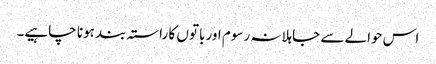
اس حوالے سے جاہلانہ رسوم اور باتوں کا راستہ بند ہونا چاہیے۔